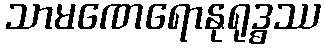
သာမဏေရောနုရုဒ္ဓဿ